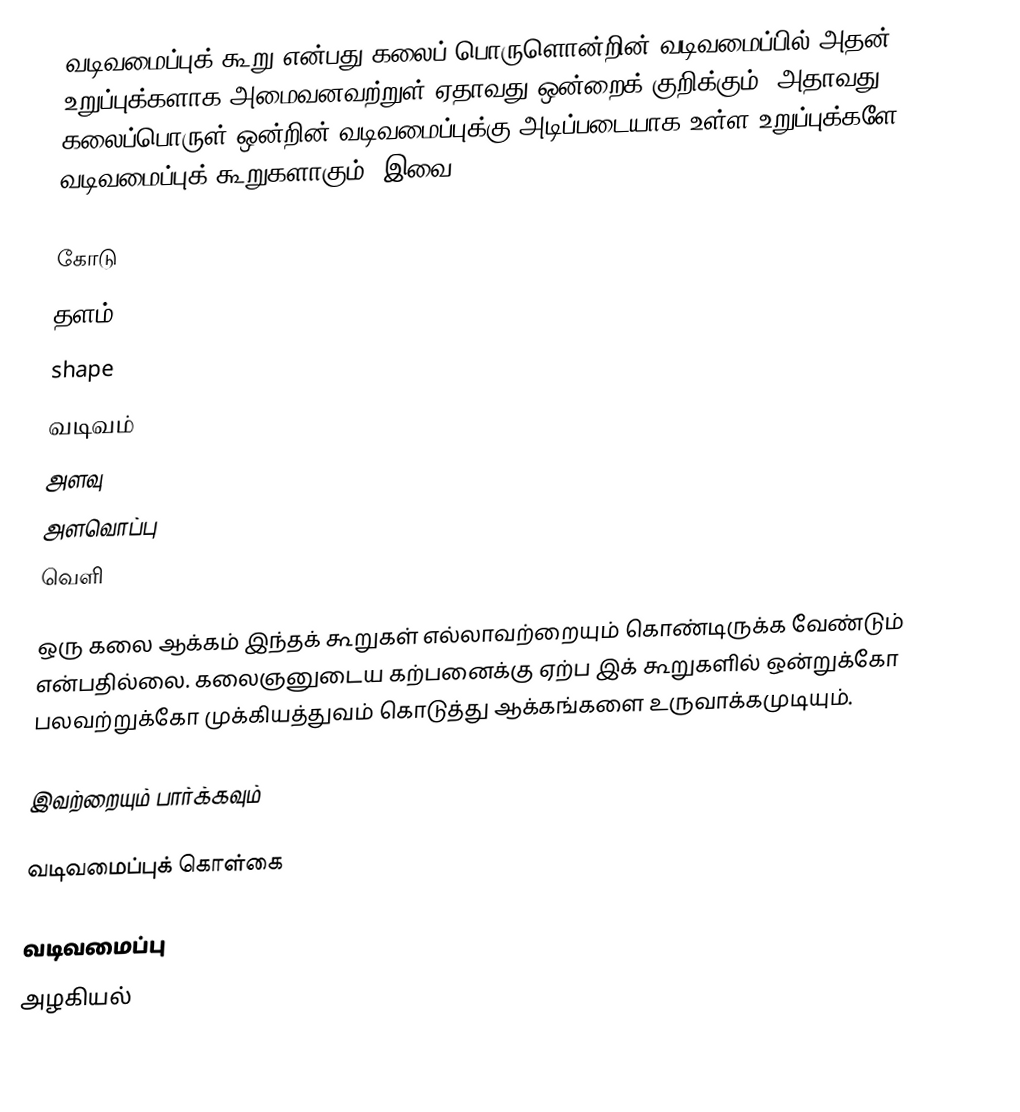
வடிவமைப்புக் கூறு என்பது கலைப் பொருளொன்றின் வடிவமைப்பில் அதன் உறுப்புக்களாக அமைவனவற்றுள் ஏதாவது ஒன்றைக் குறிக்கும்.  அதாவது கலைப்பொருள் ஒன்றின் வடிவமைப்புக்கு அடிப்படையாக உள்ள உறுப்புக்களே வடிவமைப்புக் கூறுகளாகும். இவை:

 கோடு
 தளம்
 shape
 வடிவம்
 அளவு
 அளவொப்பு
 வெளி

ஒரு கலை ஆக்கம் இந்தக் கூறுகள் எல்லாவற்றையும் கொண்டிருக்க வேண்டும் என்பதில்லை. கலைஞனுடைய கற்பனைக்கு ஏற்ப இக் கூறுகளில் ஒன்றுக்கோ பலவற்றுக்கோ முக்கியத்துவம் கொடுத்து ஆக்கங்களை உருவாக்கமுடியும்.

இவற்றையும் பார்க்கவும்

 வடிவமைப்புக் கொள்கை

வடிவமைப்பு
அழகியல்